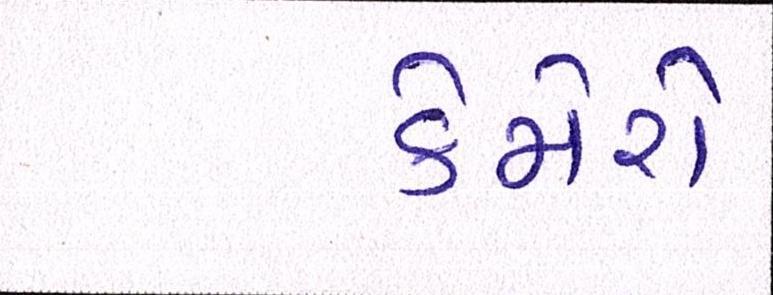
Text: કેમેરો